Annual administration report of the Civil Veterinary Department of India - 1894-1895
Year: 1894
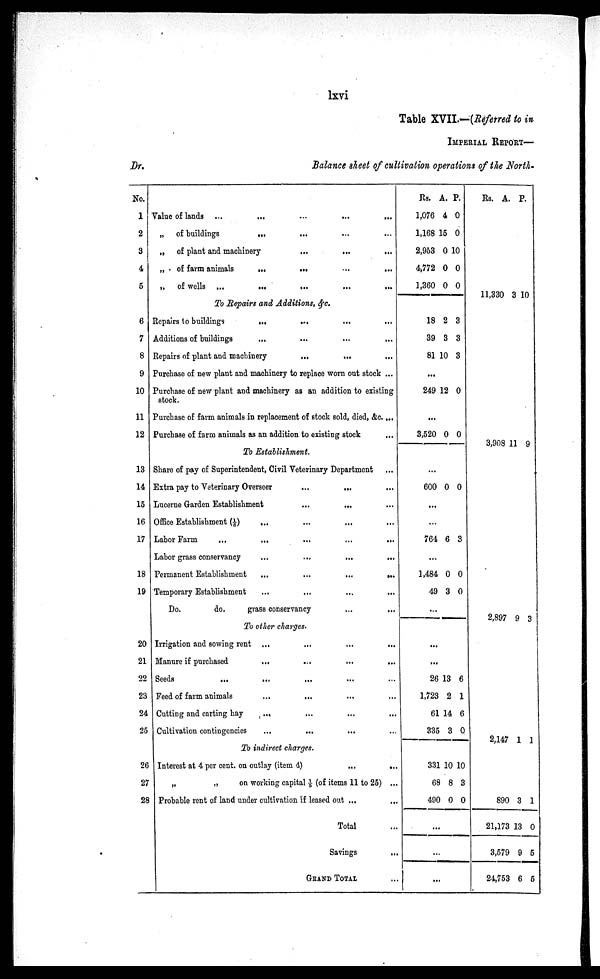
lxvi
Table XVII.—(Referred to in
IMPERIAL
REPORT—
Balance sheet of cultivation operations of the North-
Dr.
No.
1
2
3
4
5
6
7
8
9
10
11
12
13
14
15
16
17
18
19
20
21
22
23
24
25
26
27
28
Value of lands ...
...
...
...
...
„ of buildings
...
...
„ of plant and machinery
...
...
„ of farm animals
...
...
...
...
„
of wells ...
...
...
...
...
To Repairs and Additions, &c.
Repairs to buildings
...
... ... ....
Additions of buildings ... ... ... ... ...
Repairs of plant and machinery
...
...
...
Purchase of new plant and machinery to replace worn out stock ...
Purchase of new plant and machinery as an addition to existing
stock.
Purchase of farm animals in replacement of stock sold, died, &c....
Purchase of farm animals as an addition to existing stock
To Establishment.
Share of pay of Superintendent, Civil Veterinary Department
Extra pay to Veterinary Overseer
...
...
Lucerne Garden Establishment
...
...
Office Establishment (1/6) ... .... ...
Labor Farm
...
...
Labor grass conservancy
...
...
...
...
Permanent Establishment
...
...
...
...
Temporary Establishment ... ... ... ... ...
Do.
do.
grass conservancy
To other charges.
Irrigation and sowing rent ... .... ... ...
Manure if purchased
...
...
...
...
Seeds
...
...
... ...
Feed of farm animals
...
... ... ...
Cutting and carting hay
... ... ... ...
Cultivation contingencies
...
...
...
To indirect charges.
Interest at 4 per cent. on outlay (item 4)
...
...
„
„
on working capital 1/5 (of items 11 to 25) ...
Probable rent of land under cultivation if leased out ...
Total ...
Savings ...
GRAND TOTAL ...
Rs.
1,076
1,168
2,953
4,772
1,360
18
39
81
A.
4
15
0
0
0
2
3
10
P.
0
0
10
0
0
3
3
3
...
249
...
3,520
12
0
0
0
...
600 0 0
...
...
764 6 3
...
1,484
49
0
3
0
0
...
...
...
26
1,723
61
335
331
68
490
13
2
14
3
10
8
0
6
1
6
0
10
3
0
...
...
...
Rs.
11,330
3,908
2,897
2,147
890
21,173
3,579
24,753
A.
3 1
11
9
1
3
13
9
6
P.
0
9
3
1
1
0
5
5